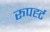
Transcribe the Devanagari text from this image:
रूपर्ह्ट